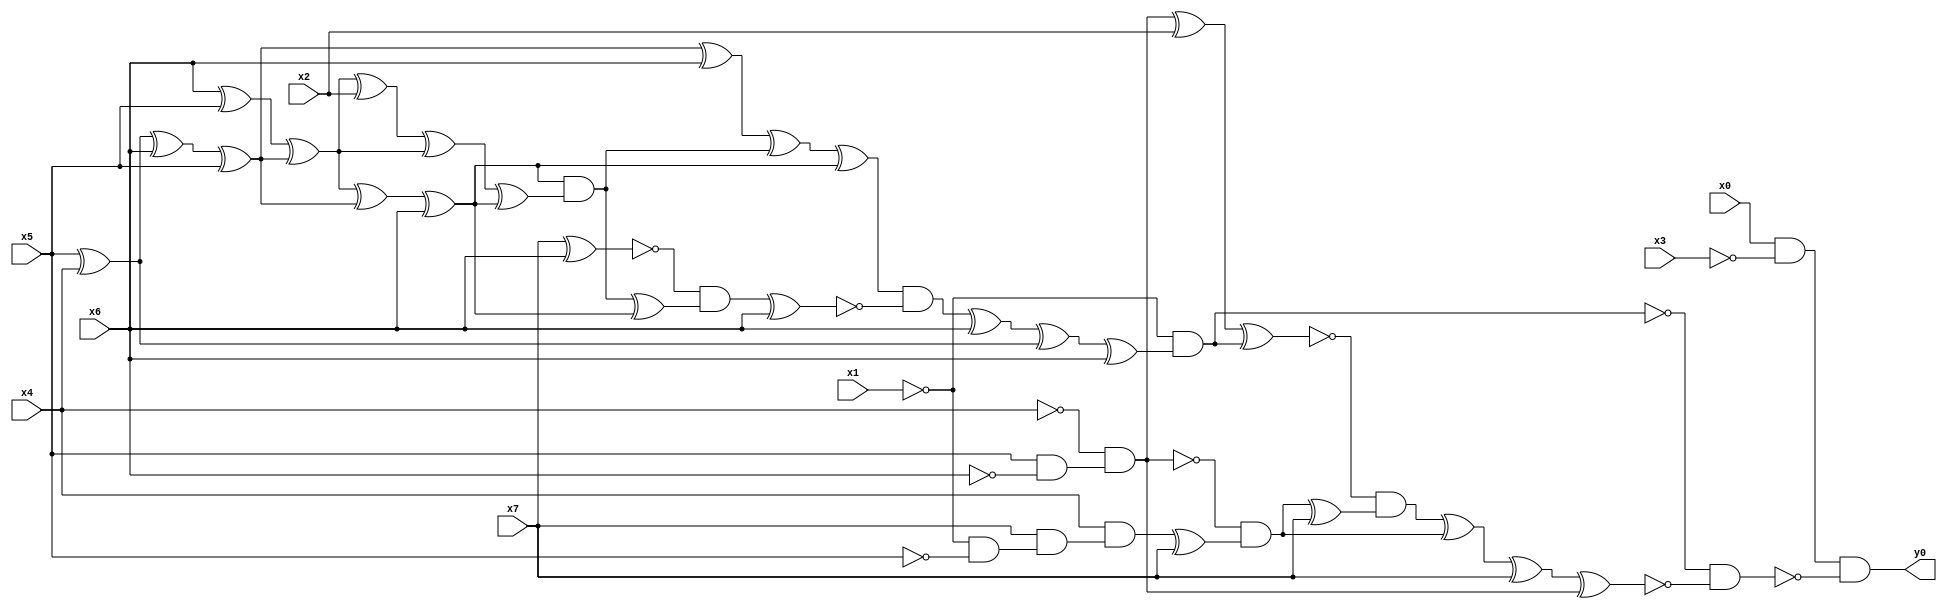
module top( x0 , x1 , x2 , x3 , x4 , x5 , x6 , x7 , y0 );
  input x0 , x1 , x2 , x3 , x4 , x5 , x6 , x7 ;
  output y0 ;
  wire n9 , n10 , n11 , n12 , n13 , n14 , n15 , n16 , n17 , n18 , n19 , n20 , n21 , n22 , n23 , n24 , n25 , n26 , n27 , n28 , n29 , n30 , n31 , n32 , n33 , n34 , n35 , n36 , n37 , n38 , n39 , n40 , n41 , n42 , n43 , n44 , n45 , n46 , n47 , n48 ;
  assign n9 = x0 & ~x3 ;
  assign n10 = x5 ^ x4 ;
  assign n11 = n10 ^ x6 ;
  assign n12 = n11 ^ x5 ;
  assign n21 = n12 ^ x6 ;
  assign n13 = x6 ^ x5 ;
  assign n14 = n13 ^ n12 ;
  assign n15 = n14 ^ n12 ;
  assign n16 = n15 ^ x6 ;
  assign n17 = n14 ^ x2 ;
  assign n18 = n17 ^ n14 ;
  assign n19 = n18 ^ n16 ;
  assign n20 = n16 & n19 ;
  assign n22 = n21 ^ n20 ;
  assign n23 = n22 ^ n16 ;
  assign n24 = x7 ^ x6 ;
  assign n25 = n20 ^ n16 ;
  assign n26 = ~n24 & n25 ;
  assign n27 = n26 ^ x6 ;
  assign n28 = n23 & ~n27 ;
  assign n29 = n28 ^ x6 ;
  assign n30 = n29 ^ n10 ;
  assign n31 = n30 ^ x6 ;
  assign n32 = ~x1 & n31 ;
  assign n33 = x5 & ~x6 ;
  assign n34 = ~x4 & n33 ;
  assign n35 = n34 ^ x2 ;
  assign n36 = n35 ^ n32 ;
  assign n37 = ~x1 & ~x5 ;
  assign n38 = x7 & n37 ;
  assign n39 = x4 & n38 ;
  assign n40 = n39 ^ x7 ;
  assign n41 = ~n34 & n40 ;
  assign n42 = n41 ^ x7 ;
  assign n43 = ~n36 & n42 ;
  assign n44 = n43 ^ n41 ;
  assign n45 = n44 ^ x7 ;
  assign n46 = n45 ^ n34 ;
  assign n47 = ~n32 & ~n46 ;
  assign n48 = n9 & ~n47 ;
  assign y0 = n48 ;
endmodule